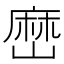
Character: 𡻤